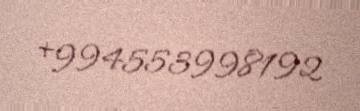
+994553998192